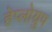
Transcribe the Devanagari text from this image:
हेप्लोग्रुप